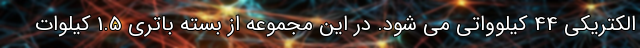
الکتریکی 44 کیلوواتی می شود. در این مجموعه از بسته باتری 1.5 کیلوات